Lunatic asylums in Bengal annual reports 1888-1898 - 1888-1898
Year: 1888
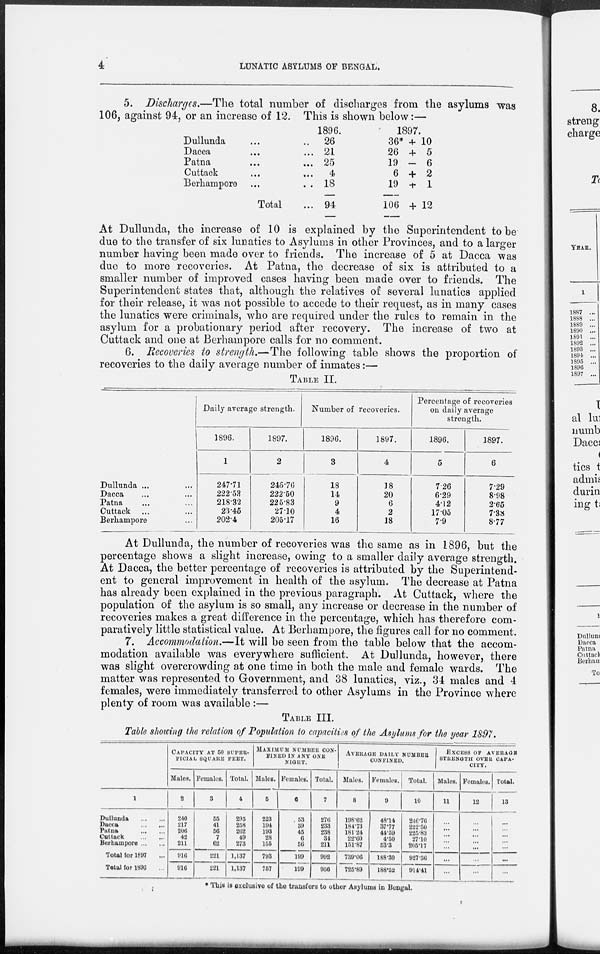
4
LUNATIC ASYLUMS OF BENGAL.
5. Discharges.—The total number of discharges from the asylums was
106, against 94, or an increase of 12. This is shown below:—
Dullunda ... ...
Dacca
...
...
Patna
...
...
Cuttack ... ...
Berhampore ... ...
Total ...
1896.
26
21
25
4
18
94
1897.
36* + 10
26 + 5
19 - 6
6 + 2
19
+ 1
106 + 12
At Dullunda, the increase of 10 is explained by the Superintendent to be
due to the transfer of six lunatics to Asylums in other Provinces, and to a larger
number having been made over to friends. The increase of 5 at Dacca was
due to more recoveries. At Patna, the decrease of six is attributed to a
smaller number of improved cases having been made over to friends. The
Superintendent states that, although the relatives of several lunatics applied
for their release, it was not possible to accede to their request, as in many cases
the lunatics were criminals, who are required under the rules to remain in the
asylum for a probationary period after recovery. The increase of two at
Cuttack and one at Berhampore calls for no comment.
6. Recoveries to strength.—The following table shows the proportion of
recoveries to the daily average number of inmates:—
TABLE.II.
Dullunda ... ...
Dacca... ...
Patna ... ...
Cuttack ... ...
Berhampore ...
Daily average strength.
1896.
1
247.71
222.53
218.32
23.45
202.4
1897.
2
246.76
222.50
225.83
27.10
205.17
Number of recoveries.
1896.
3
18
14
9
4
16
1897.
4
18
20
6
2
18
Percentage of recoveries
on daily average
strength.
1896.
5
7.26
6.29
4.12
17.05
7.9
1897.
6
7.29
8.98
2.65
7.38
8.77
At Dullunda, the number of recoveries was the same as in 1896, but the
percentage shows a slight increase, owing to a smaller daily average strength.
At Dacca, the better percentage of recoveries is attributed by the Superintend-
ent to general improvement in health of the asylum. The decrease at Patna
has already been explained in the previous paragraph. At Cuttack, where the
population of the asylum is so small, any increase or decrease in the number of
recoveries makes a great difference in the percentage, which has therefore com-
paratively little statistical value. At Berhampore, the figures call for no comment.
7. Accommodation.—It will be seen from the table below that the accom-
modation available was everywhere sufficient. At Dullunda, however, there
was slight overcrowding at one time in both the male and female wards. The
matter was represented to Government, and 38 lunatics, viz., 34 males and 4
females, were immediately transferred to other Asylums in the Province where
plenty of room was available :—
TABLE III.
Table showing the relation of Population to capacities of the Asylums for the year 1897.
1
Dullunda
...
...
Dacca
...
...
Patna
...
...
Cuttack
...
...
Berhampore ... ...
Total for 1897 ...
Total for 1896 ...
CAPACITY AT 50 SUPER-
------ SQUARE FEET.
Males.
2
240
217
206
42
211
916
916
Females.
3
55
41
56
7
62
221
221
Total.
4
295
258
262
49
273
1,137
1,137
MAXIMUM NUMBER CON-
----- IN ANY ONE
NIGHT.
Males.
5
223
194
193
28
155
793
757
Females.
6
53
39
45
6
56
199
199
Total.
7
276
233
238
31
211
992
950
AVERAGE DAILY NUMBER
CONFINED.
Males.
8
198.62
184.73
181.24
22.60
151.87
739.06
725.89
Females.
9
48.14
37.77
44.59
4.50
53.3
188.30
188.52
Total.
10
246.76
222.50
225.83
27.10
205.17
927.36
914.41
EXCESS OF AVERAGE
STRENGTH OVER CAPA-
CITY.
Males.
11
...
...
...
...
...
...
...
Females.
12
...
...
...
...
...
...
...
Total.
13
...
...
...
...
...
...
...
* This is exclusive of the transfers to other Asylums in Bengal.